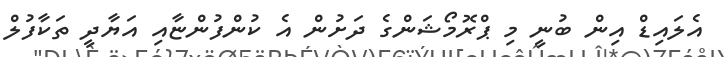
އެލައިޑް އިން ބުނީ މި ޕްރޮމޯޝަންގެ ދަށުން އެ ކުންފުންޏާއި އަޔާދީ ތަކާފުލް